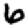
Digit: 6